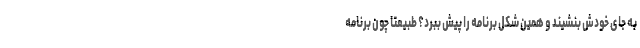
به جای خودش بنشیند و همین شکل برنامه را پیش ببرد؟ طبیعتا چون برنامه